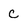
Character: C